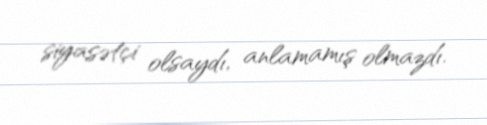
siyasətçi olsaydı, anlamamış olmazdı.